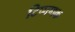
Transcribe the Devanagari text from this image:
टिप्पणक